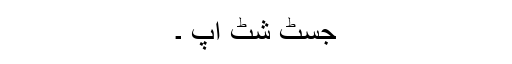
جسٹ شٹ اپ ۔